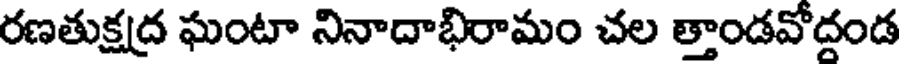
రణతుక్షద్ర ఘంటా నినాదాభిరామం చల త్తాండవోదండ